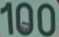
100